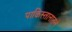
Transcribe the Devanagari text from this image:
पाकिस्तानातले